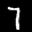
Label: 7